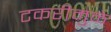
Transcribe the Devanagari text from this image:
टकरीमुळे